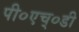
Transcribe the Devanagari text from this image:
पी०एच्०डी